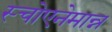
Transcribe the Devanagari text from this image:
स्चोएनेमान्न